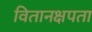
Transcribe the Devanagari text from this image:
वितानक्षपता